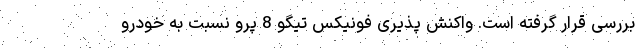
بررسی قرار گرفته است. واکنش پذیری فونیکس تیگو 8 پرو نسبت به خودرو